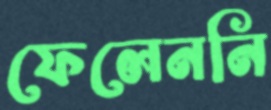
ফেলেননি